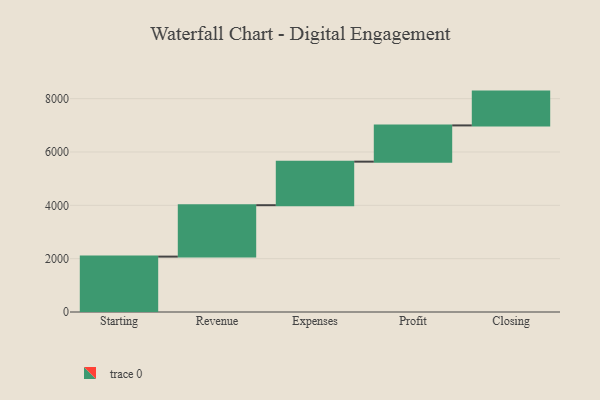
{"axis": {"x": "Step", "y": "Value"}, "legend": [""], "data": [{"x": "Starting", "y": 2077.0, "type": ""}, {"x": "Revenue", "y": 1928.0, "type": ""}, {"x": "Expenses", "y": 1633.0, "type": ""}, {"x": "Profit", "y": 1359.0, "type": ""}, {"x": "Closing", "y": 1268.0, "type": ""}]}